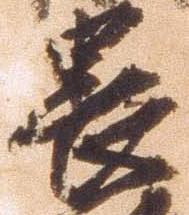
畏